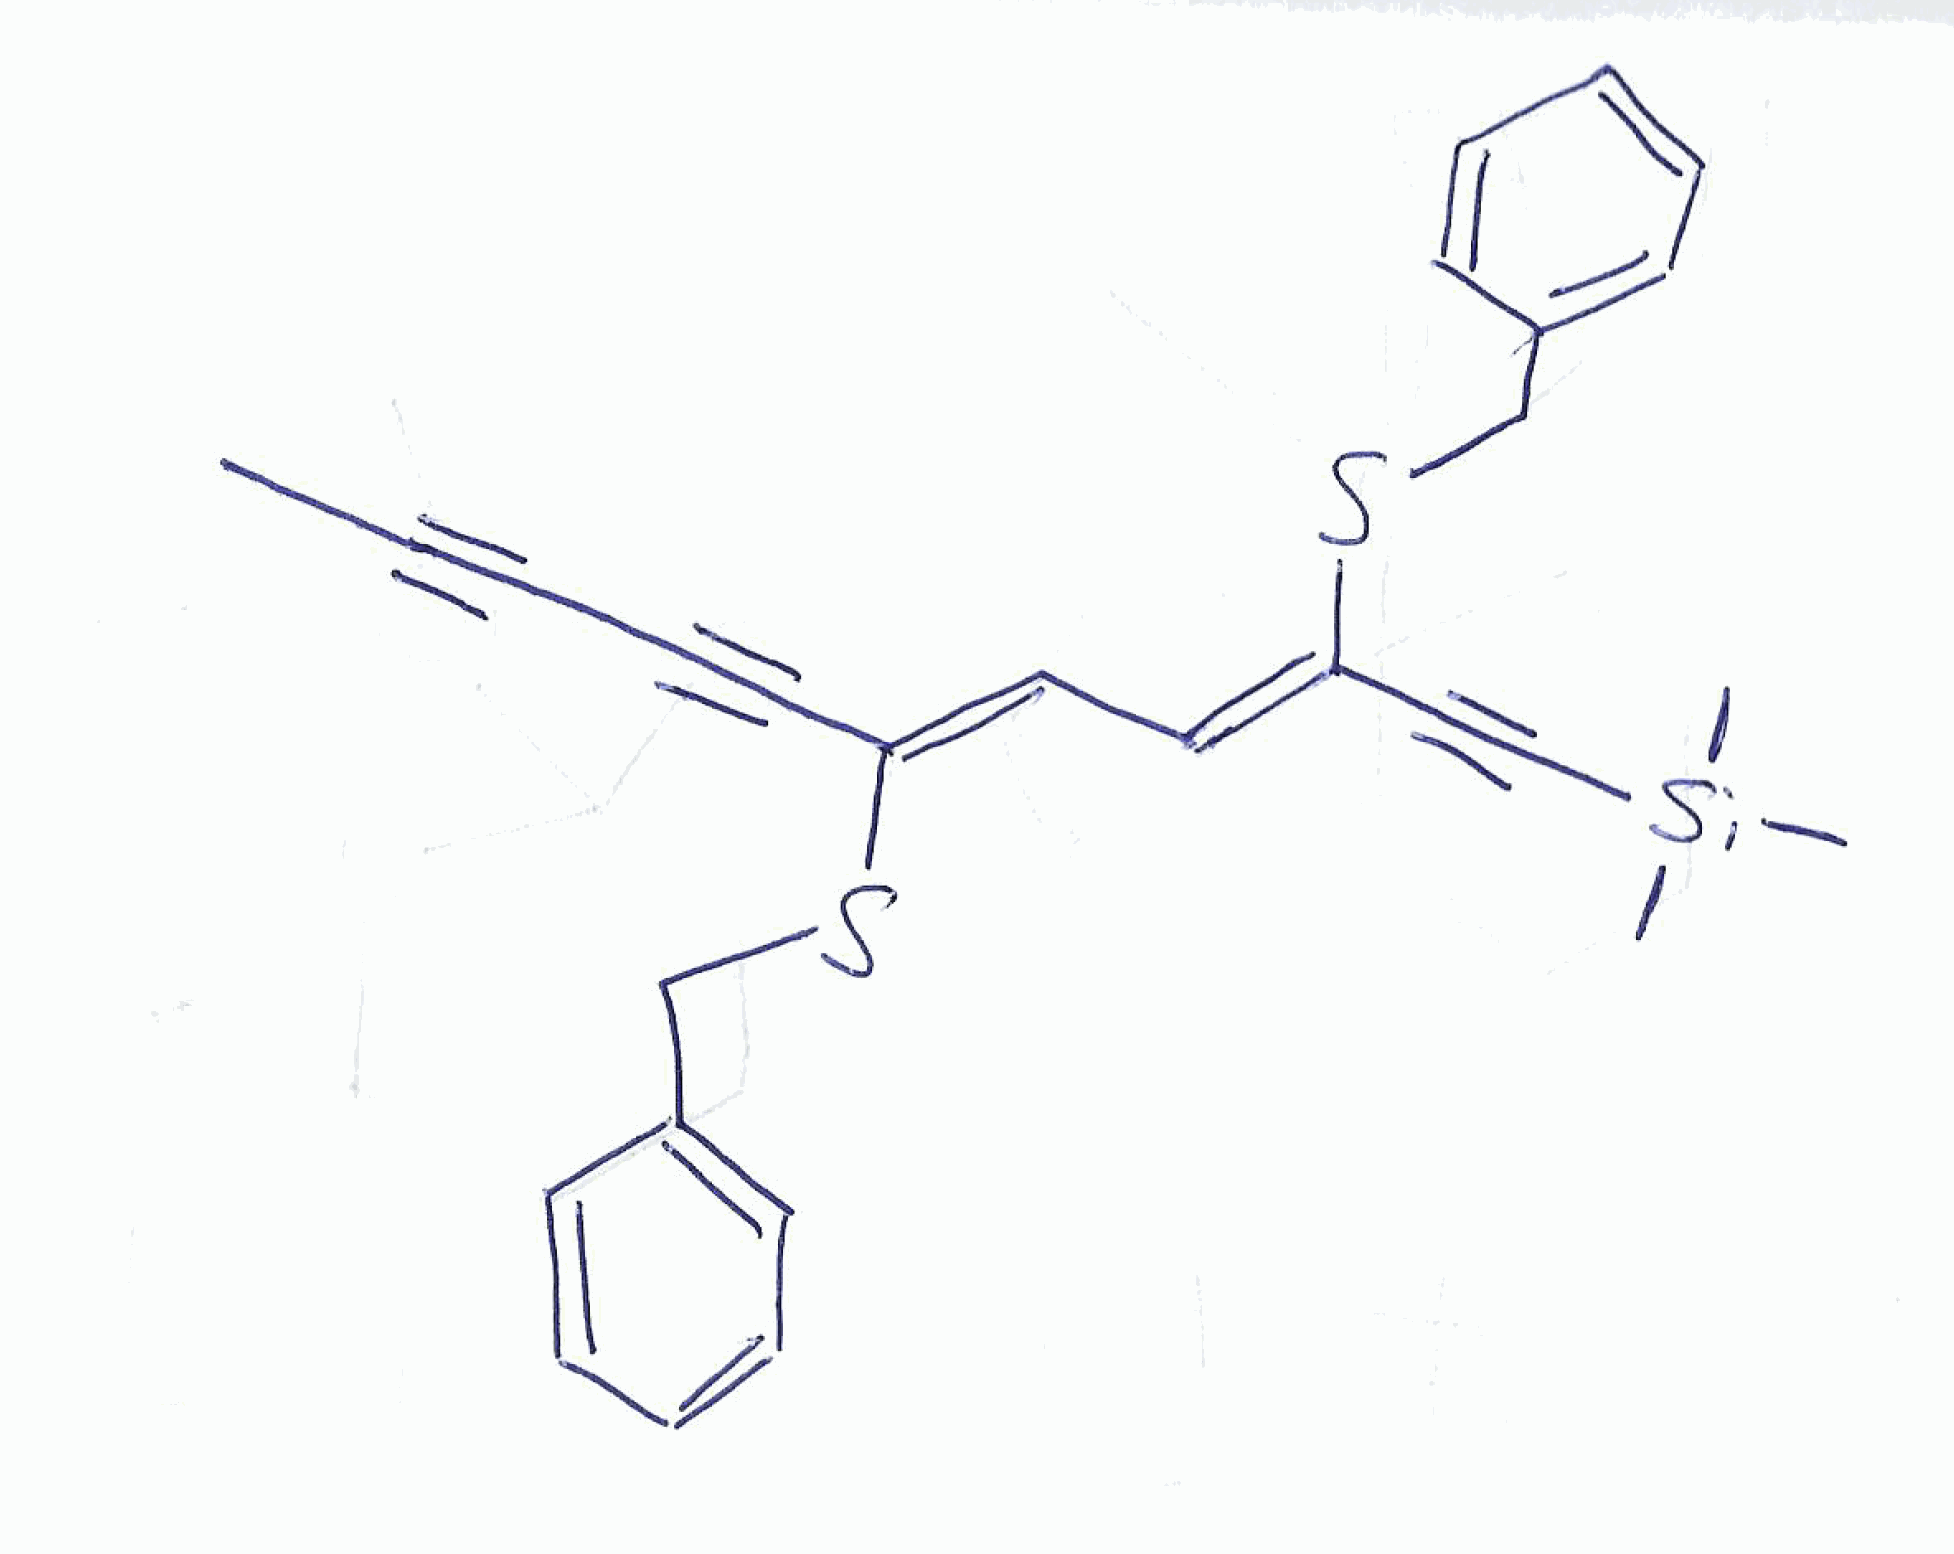
Simplified molecular-input line-entry system (SMILES) notation of the given molecule:
CC#CC#C/C(=C/C=C(/C#C[Si](C)(C)C)\SCC1=CC=CC=C1)/SCC2=CC=CC=C2